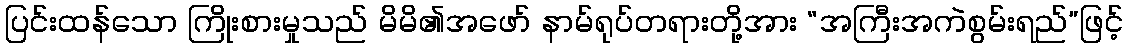
ပြင်းထန်သော ကြိုးစားမှုသည် မိမိ၏အဖော် နာမ်ရုပ်တရားတို့အား “အကြီးအကဲစွမ်းရည်”ဖြင့်